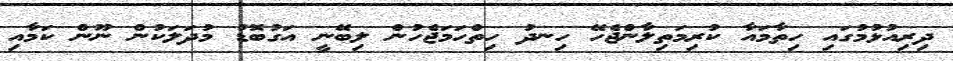
ދިރިއުޅުމުގައި ހިތާމައާ ކުރިމަތިލާންޖެހޭ ހިނދު ހިތްހަމަޖެހުން ލިބޭނީ އަގުބޮޑު މުދަލަކުން ނޫން ކަމާއި